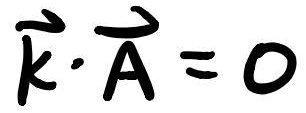
$\vec{k}\cdot\vec{A}=0$